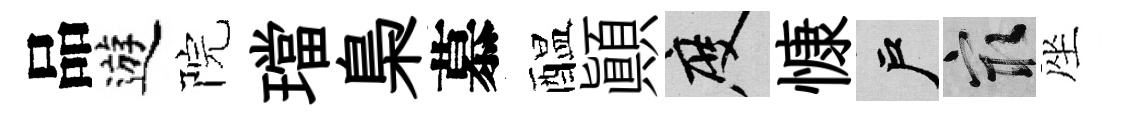
品遊院璫梟慕醖顚度慷户冣座